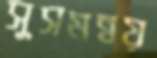
সুসমন্বয়